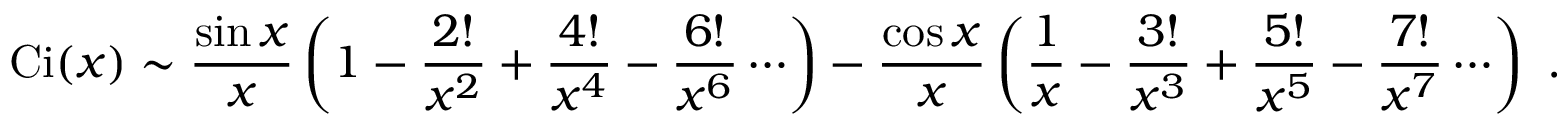
\operatorname { C i } ( x ) \sim { \frac { \sin x } { x } } \left( 1 - { \frac { 2 ! } { x ^ { 2 } } } + { \frac { 4 ! } { x ^ { 4 } } } - { \frac { 6 ! } { x ^ { 6 } } } \cdots \right) - { \frac { \cos x } { x } } \left( { \frac { 1 } { x } } - { \frac { 3 ! } { x ^ { 3 } } } + { \frac { 5 ! } { x ^ { 5 } } } - { \frac { 7 ! } { x ^ { 7 } } } \cdots \right) ~ .